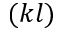
( k l )